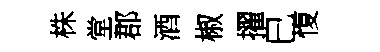
株堂郡酒椒擢巳愎